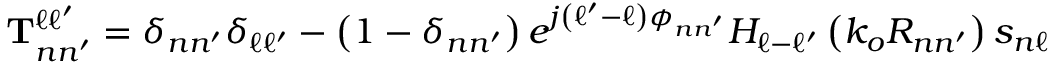
\mathbf { T } _ { n n ^ { \prime } } ^ { \ell \ell ^ { \prime } } = \delta _ { n n ^ { \prime } } \delta _ { \ell \ell ^ { \prime } } - \left( 1 - \delta _ { n n ^ { \prime } } \right) e ^ { j \left( \ell ^ { \prime } - \ell \right) \phi _ { n n ^ { \prime } } } H _ { \ell - \ell ^ { \prime } } \left( k _ { o } R _ { n n ^ { \prime } } \right) s _ { n \ell }